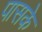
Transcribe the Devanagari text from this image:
पासके